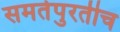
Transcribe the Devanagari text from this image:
समतेपुरतीच